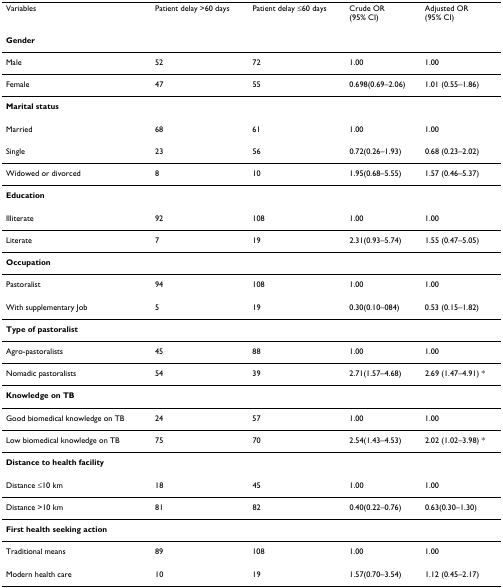
<table><thead><tr><td><b>Variables</b></td><td><b>Patient delay &gt;60 days</b></td><td><b>Patient delay ≤60 days</b></td><td><b>Crude OR(95% CI)</b></td><td><b>Adjusted OR(95% CI)</b></td></tr></thead><tbody><tr><td><b>Gender</b></td><td></td><td></td><td></td><td></td></tr><tr><td>Male</td><td>52</td><td>72</td><td>1.00</td><td>1.00</td></tr><tr><td>Female</td><td>47</td><td>55</td><td>0.698(0.69–2.06)</td><td>1.01 (0.55–1.86)</td></tr><tr><td><b>Marital status</b></td><td></td><td></td><td></td><td></td></tr><tr><td>Married</td><td>68</td><td>61</td><td>1.00</td><td>1.00</td></tr><tr><td>Single</td><td>23</td><td>56</td><td>0.72(0.26–1.93)</td><td>0.68 (0.23–2.02)</td></tr><tr><td>Widowed or divorced</td><td>8</td><td>10</td><td>1.95(0.68–5.55)</td><td>1.57 (0.46–5.37)</td></tr><tr><td><b>Education</b></td><td></td><td></td><td></td><td></td></tr><tr><td>Illiterate</td><td>92</td><td>108</td><td>1.00</td><td>1.00</td></tr><tr><td>Literate</td><td>7</td><td>19</td><td>2.31(0.93–5.74)</td><td>1.55 (0.47–5.05)</td></tr><tr><td><b>Occupation</b></td><td></td><td></td><td></td><td></td></tr><tr><td>Pastoralist</td><td>94</td><td>108</td><td>1.00</td><td>1.00</td></tr><tr><td>With supplementary Job</td><td>5</td><td>19</td><td>0.30(0.10–084)</td><td>0.53 (0.15–1.82)</td></tr><tr><td><b>Type of pastoralist</b></td><td></td><td></td><td></td><td></td></tr><tr><td>Agro-pastoralists</td><td>45</td><td>88</td><td>1.00</td><td>1.00</td></tr><tr><td>Nomadic pastoralists</td><td>54</td><td>39</td><td>2.71(1.57–4.68)</td><td>2.69 (1.47–4.91) *</td></tr><tr><td><b>Knowledge on TB</b></td><td></td><td></td><td></td><td></td></tr><tr><td>Good biomedical knowledge on TB</td><td>24</td><td>57</td><td>1.00</td><td>1.00</td></tr><tr><td>Low biomedical knowledge on TB</td><td>75</td><td>70</td><td>2.54(1.43–4.53)</td><td>2.02 (1.02–3.98) *</td></tr><tr><td><b>Distance to health facility</b></td><td></td><td></td><td></td><td></td></tr><tr><td>Distance ≤10 km</td><td>18</td><td>45</td><td>1.00</td><td>1.00</td></tr><tr><td>Distance &gt;10 km</td><td>81</td><td>82</td><td>0.40(0.22–0.76)</td><td>0.63(0.30–1.30)</td></tr><tr><td><b>First health seeking action</b></td><td></td><td></td><td></td><td></td></tr><tr><td>Traditional means</td><td>89</td><td>108</td><td>1.00</td><td>1.00</td></tr><tr><td>Modern health care</td><td>10</td><td>19</td><td>1.57(0.70–3.54)</td><td>1.12 (0.45–2.17)</td></tr></tbody></table>